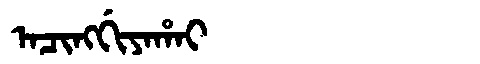
Manchu: ᠠᠴᡳᠩᡤᡳᠶᠠᡥᠠᡳ
Romanization: ACINGGIYAHAI